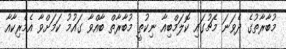
މުބާރާތުގެ ދެވަނަ މެޗުގައި ކޮލަމްބިއާ ނިކުތީ މުބާރާތް ބާއްވާ ގައުމު ކަމަށްވާ އެމެރިކާއާ